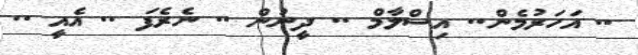
.. އަހަރުމެން.. އިސްލާމް .. ދީނުން .. ނެރެފަ .. އެއީ ..